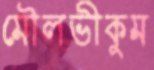
মৌলভীকুম